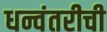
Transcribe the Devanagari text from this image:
धन्वंतरीची